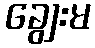
ချွေးမ